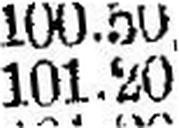
101.20